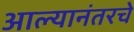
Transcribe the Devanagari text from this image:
आल्यानंतरचे